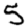
Digit: 5